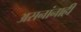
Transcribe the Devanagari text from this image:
असनांनाही